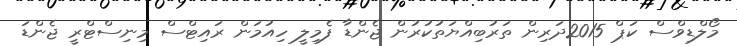
މޯލްޑިވްސް ކަޕް 2015ދަރިން ތަރުބިއްޔަތުކުރުން ޖެންޑާ ފެމިލީ ހިއުމަން ރައިޓްސް މިނިސްޓްރީ ޖެންޑަ